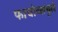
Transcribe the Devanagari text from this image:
फाचोच्सचुले